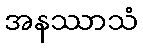
အနဿာသံ